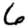
Digit: 6